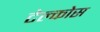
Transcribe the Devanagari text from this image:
टेल्कोस